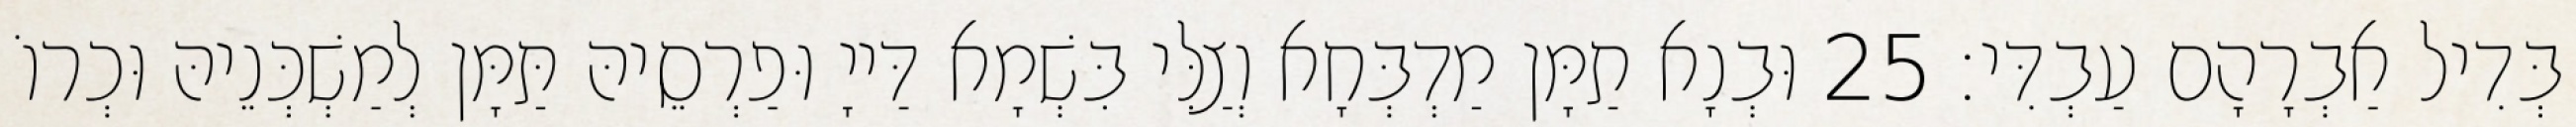
בְּדִיל אַבְרָהָם עַבְדִּי׃ 25 וּבְנָא תַמָּן מַדְבְּחָא וְצַלִּי בִּשְׁמָא דַּייָ וּפַרְסֵיהּ תַּמָּן לְמַשְׁכְּנֵיהּ וּכְרוֹ